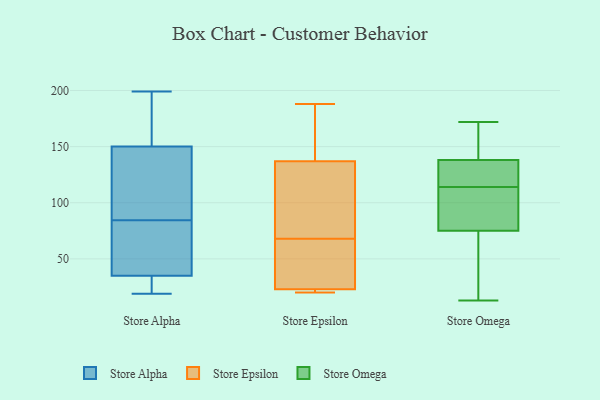
{"axis": {"x": "Operating Costs (USD K)", "y": "Value"}, "legend": ["Store Alpha", "Store Epsilon", "Store Omega"], "data": [{"x": "", "y": 111, "type": "Store Alpha"}, {"x": "", "y": 48, "type": "Store Alpha"}, {"x": "", "y": 86, "type": "Store Alpha"}, {"x": "", "y": 68, "type": "Store Alpha"}, {"x": "", "y": 21, "type": "Store Alpha"}, {"x": "", "y": 40, "type": "Store Alpha"}, {"x": "", "y": 199, "type": "Store Alpha"}, {"x": "", "y": 19, "type": "Store Alpha"}, {"x": "", "y": 151, "type": "Store Alpha"}, {"x": "", "y": 150, "type": "Store Alpha"}, {"x": "", "y": 154, "type": "Store Alpha"}, {"x": "", "y": 37, "type": "Store Alpha"}, {"x": "", "y": 29, "type": "Store Alpha"}, {"x": "", "y": 33, "type": "Store Alpha"}, {"x": "", "y": 132, "type": "Store Alpha"}, {"x": "", "y": 150, "type": "Store Alpha"}, {"x": "", "y": 22, "type": "Store Alpha"}, {"x": "", "y": 83, "type": "Store Alpha"}, {"x": "", "y": 176, "type": "Store Alpha"}, {"x": "", "y": 121, "type": "Store Alpha"}, {"x": "", "y": 188, "type": "Store Epsilon"}, {"x": "", "y": 163, "type": "Store Epsilon"}, {"x": "", "y": 51, "type": "Store Epsilon"}, {"x": "", "y": 20, "type": "Store Epsilon"}, {"x": "", "y": 71, "type": "Store Epsilon"}, {"x": "", "y": 66, "type": "Store Epsilon"}, {"x": "", "y": 151, "type": "Store Epsilon"}, {"x": "", "y": 91, "type": "Store Epsilon"}, {"x": "", "y": 23, "type": "Store Epsilon"}, {"x": "", "y": 22, "type": "Store Epsilon"}, {"x": "", "y": 60, "type": "Store Epsilon"}, {"x": "", "y": 22, "type": "Store Epsilon"}, {"x": "", "y": 137, "type": "Store Epsilon"}, {"x": "", "y": 70, "type": "Store Epsilon"}, {"x": "", "y": 13, "type": "Store Omega"}, {"x": "", "y": 138, "type": "Store Omega"}, {"x": "", "y": 148, "type": "Store Omega"}, {"x": "", "y": 112, "type": "Store Omega"}, {"x": "", "y": 172, "type": "Store Omega"}, {"x": "", "y": 58, "type": "Store Omega"}, {"x": "", "y": 99, "type": "Store Omega"}, {"x": "", "y": 39, "type": "Store Omega"}, {"x": "", "y": 75, "type": "Store Omega"}, {"x": "", "y": 47, "type": "Store Omega"}, {"x": "", "y": 88, "type": "Store Omega"}, {"x": "", "y": 116, "type": "Store Omega"}, {"x": "", "y": 125, "type": "Store Omega"}, {"x": "", "y": 134, "type": "Store Omega"}, {"x": "", "y": 167, "type": "Store Omega"}, {"x": "", "y": 99, "type": "Store Omega"}, {"x": "", "y": 158, "type": "Store Omega"}, {"x": "", "y": 122, "type": "Store Omega"}]}